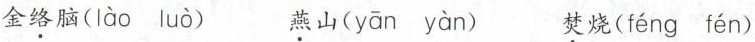
金\underset{·}{络}脑( lào luò ) \underset{·}{燕}山 (yān yàn) \underset{·}{焚}烧( féng fén )